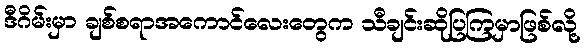
ဒီဂိမ်းမှာ ချစ်စရာအကောင်လေးတွေက သီချင်းဆိုပြကြမှာဖြစ်လို့